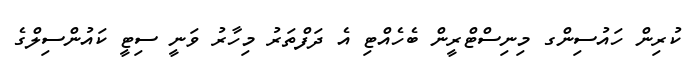
ކުރިން ހައުސިންގ މިނިސްޓްރީން ބެހެއްޓި އެ ދަފްތަރު މިހާރު ވަނީ ސިޓީ ކައުންސިލްގެ